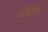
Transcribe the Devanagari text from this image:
ओदैसी